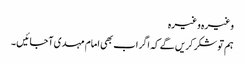
وغیرہ وغیرہ
ہم تو شکر کریں گے کہ اگر اب بھی امام مہدی آجائیں ۔